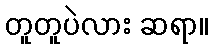
တူတူပဲလား ဆရာ။